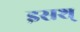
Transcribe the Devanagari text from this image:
इसश्